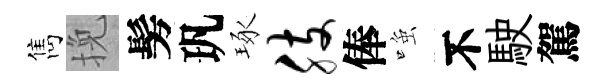
雋挽髣㺬琢肢俸𫪻不駛駕